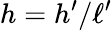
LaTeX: h=h^{\prime}/\ell^{\prime}